Annual report on the health of the army in India
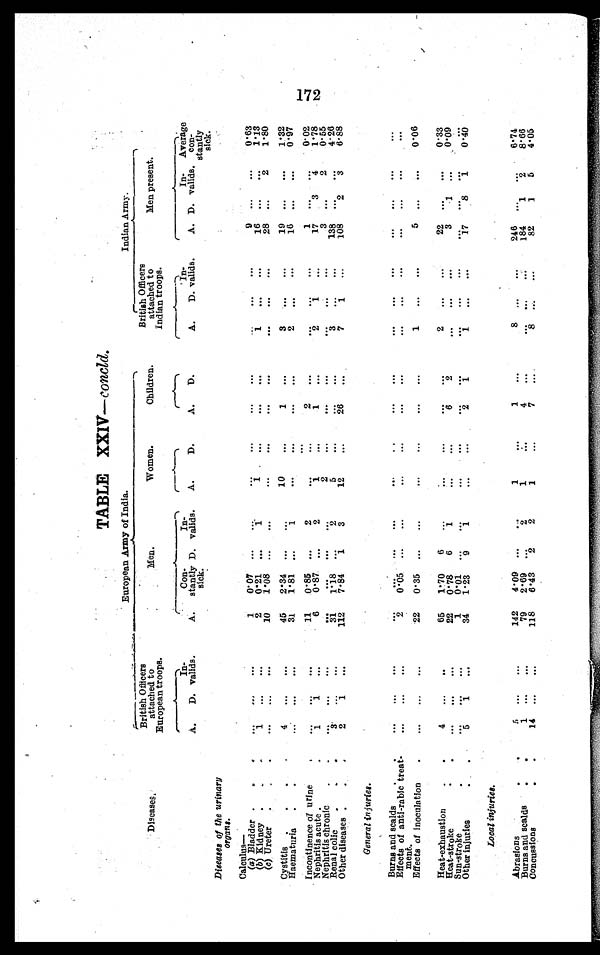
TABLE XXIV —concld.
European Army o f I n d i a .
I n d i a n A r m y .
D i s e a s e s .
British Officers
attached to
European troops.
M e n .
Women.
Children.
British Officers
attached to
Indian troops.
Men present.
A.
D.
In
¬ v a l i d s .
A.
Con
¬stantly
sick.
D.
In
¬ v a l i d s .
A.
D.
A.
D .
A.
D.
In
¬ v a l i d s .
A. D.
In
¬val i ds
.
Average
con
¬ stantly
sick.
Diseases of the urinary
organs.
Calculus—
(a) Bladder
. . .
. . .
. . .
. . .
1
0 07
. . .
. . .
. . .
. . .
. . .
. . .
. . . . . .
. . .
9 ...
. . .
0 . 6 3
(b) Kidney
. . .
1
. . .
. . .
2
0. 21
. . .
1
1
. . .
. . .
. . .
1
. . .
. . .
1 6
. . .
. . .
1 . 1 3
(c) Ureter
. . .
. . .
. . .
. . .
10
1.08
. . .
. . .
. . .
. . .
. . .
. . .
. . . . . .
. . .
2 8
...
2
1 . 8 0
Cystitis
. . . .
4
. . .
. . .
45
2.34
. . .
. . .
10
. . .
1
. . .
3
. . .
. . .
19
. . .
. . .
1 . 3 2
Haematuria
. .
. . .
. . .
. . .
31
1.81
. . .
1
. . .
. . .
. . .
. . .
2
. . .
. . .
16
. . .
. . .
0 . 9 7
Incontinence of urine
.
. . .
. . .
. . .
1 1 0.85
. . .
2
. . .
. . .
2
. . .
. . .
. . .
. . .
1
. . .
. . .
0 . 0 2
Nephritis acute . .
1
1
. . .
6
0.87
. . .
2
1
. . .
1
. . .
2
1
. . .
1 7
3
4
1 . 7 8
Nephritis chronic
. .
. . .
. . .
. . .
. . .
. . .
. . .
. . .
2
. . .
. . . .
. . .
. . .
. . .
. . .
3
. . .
2
0 . 5 5
Renal colic
. . .
3
. . .
. . .
3 1
1.18
. . .
2
5
. . .
. . .
. . .
3
. . .
. . .
138
...
. . .
4 . 2 6
Other diseases . .
2
1
. . .
112
7.84
1
3
12
. . .
2 6
. . .
7
1
. . .
1 0 82
3
6 . 8 8
General i nj ur i es.
Burns and scalds
. .
. . .
. . .
. . .
. . .
. . .
. . .
. . .
. . .
. . .
. . .
. . .
. . . . . .
. . .
. . .
. . .
. . .
. . .
Effects of anti-rabic treat
¬ment.
. . .
. . .
. . .
2
0 . 0 5
. . .
. . .
. . .
. . .
. . .
. . .
. . . . . .
. . .
. . .
. . .
. . .
. . .
Effects of inoculation
.
. . .
. . .
. . .
22
0.35
. . .
. . .
. . .
. . .
. . .
. . .
1
. . .
. . .
5
. . .
. . .
0 . 0 6
Heat-exhaustion
. .
4
. . .
. .
65
1.70
6
. . .
. . .
. . .
. . .
. . .
2
. . .
. . .
22
. . .
. . .
0 . 3 3
Heat-stroke
.
. . .
. . .
. . .
22
0.78
6
1
. . .
. . . .
6
2
. . .
. . .
. . .
3
1
. . . 0 . 0 9
Sun-stroke
.
. . .
. . .
. . .
1
0.01
. . .
. . .
. . .
. . .
. . .
. . .
. . . . . .
. . .
. . .
. . .
. . .
. . .
Other injuries
.
5
1
. . .
34
1.23
9
1
. . .
. . .
2
1
1
. . .
. . .
1 7
8
1
0 . 4 0
Local injuries.
Abrasions
.
5
. . .
. . .
1 4 2
4.09
. . .
. . .
1
. . .
1
. . .
8
. . .
. . .
2 4 6
. . .
. . .
6 . 7 4
Burns and scalds
. .
1
. . .
. . .
7 9
2 . 6 9
. . .
2
1
. . .
4
. . .
. . . . . .
. . .
1 8 4
1
2
8 . 6 6
Concussions
.
.
1 4
. . .
. . .
1 1 86.43
2
2 1
. . .
7
. . .8
. . .
. . .
8 2
1
5
4 . 0 5